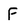
Character: F